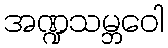
အဏ္ဍသမ္ဘဝေါ